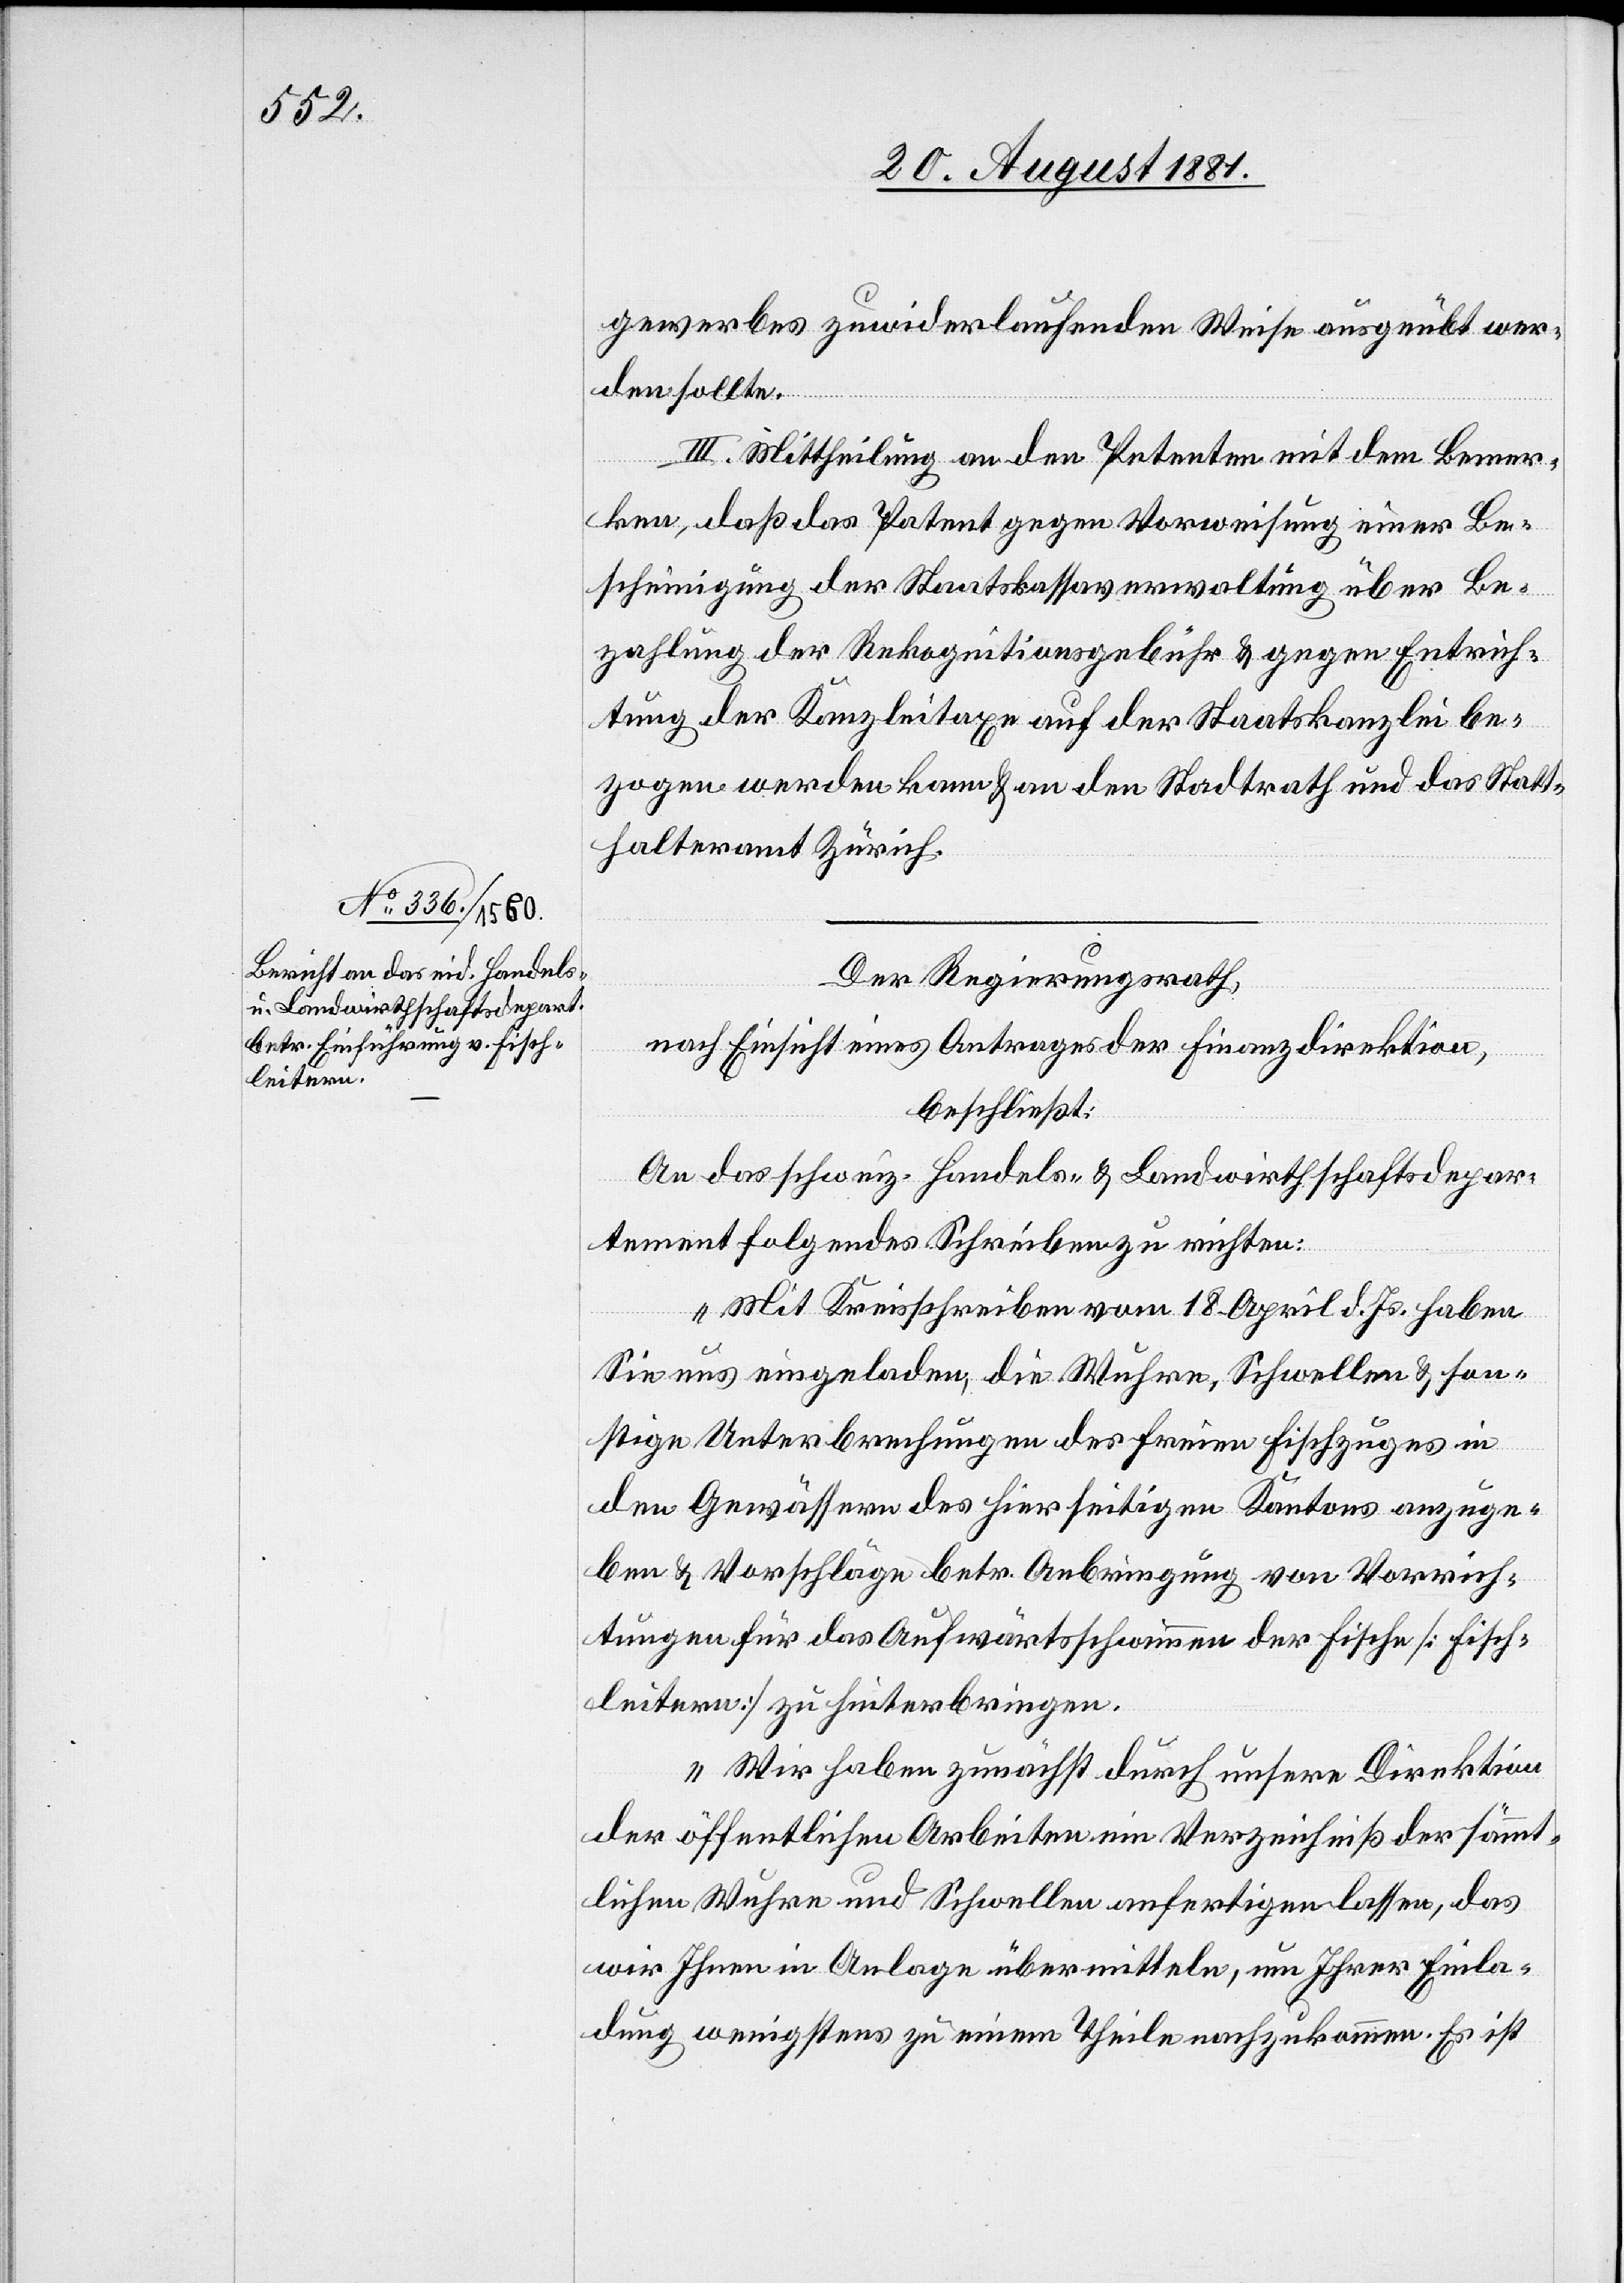
gewerbes zuwiderlaufenden Weise ausgeübt wer¬
den sollte.
III. Mittheilung an den Petenten mit dem Bemer¬
ken, daß das Patent gegen Vorweisung einer Be¬
scheinigung der Rekognitionsgebühr & gegen Entrich¬
tung der Kanzleitaxe auf der Staatskanzlei be¬
zogen werden kann & an den Stadtrath und das Statt¬
halteramt Zürich.
Der Regierungsrath,
nach Einsicht eines Antrages der Finanzdirektion,
beschließt:
An das schweiz. Handels- & Landwirthschaftsdepar¬
tement folgendes Schreiben zu richten:
„Mit Kreisschreiben vom 18. April d. Js. haben
Sie uns eingeladen, die Wuhre, Schwellen & son¬
stige Unterbrechungen des freien Fischzuges in
den Gewässern des hierseitigen Kantons anzuge¬
ben & Vorschläge betr. Anbringung von Vorrich¬
tungen für das Aufwärtsschwimmen der Fische [Fisch¬
leitern] zu hinterbringen.
Wir haben zunächst durch unsere Direktion
der öffentlichen Arbeiten ein Verzeichniß der sämmt¬
lichen Wuhre und Schwellen anfertigen lassen, das
wir Ihnen in Anlage übermitteln, um Ihrer Einla¬
dung wenigstens zu einem Theile nachzukommen. Es ist